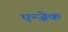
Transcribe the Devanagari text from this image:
एन्ज़ेक